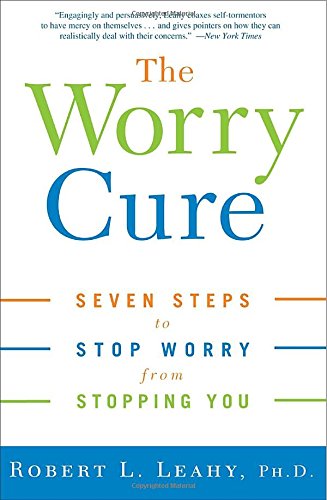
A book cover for The Worry Cure: Seven Steps to Stop Worry from Stopping You; Robert L. Leahy; Self-Help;